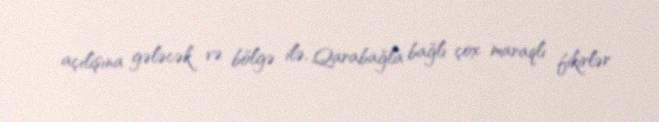
açılışına gələcək və bölgə ilə, Qarabağla bağlı çox maraqlı fikirlər